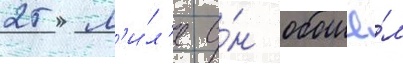
25 м'и́л'е о́н обошё́л